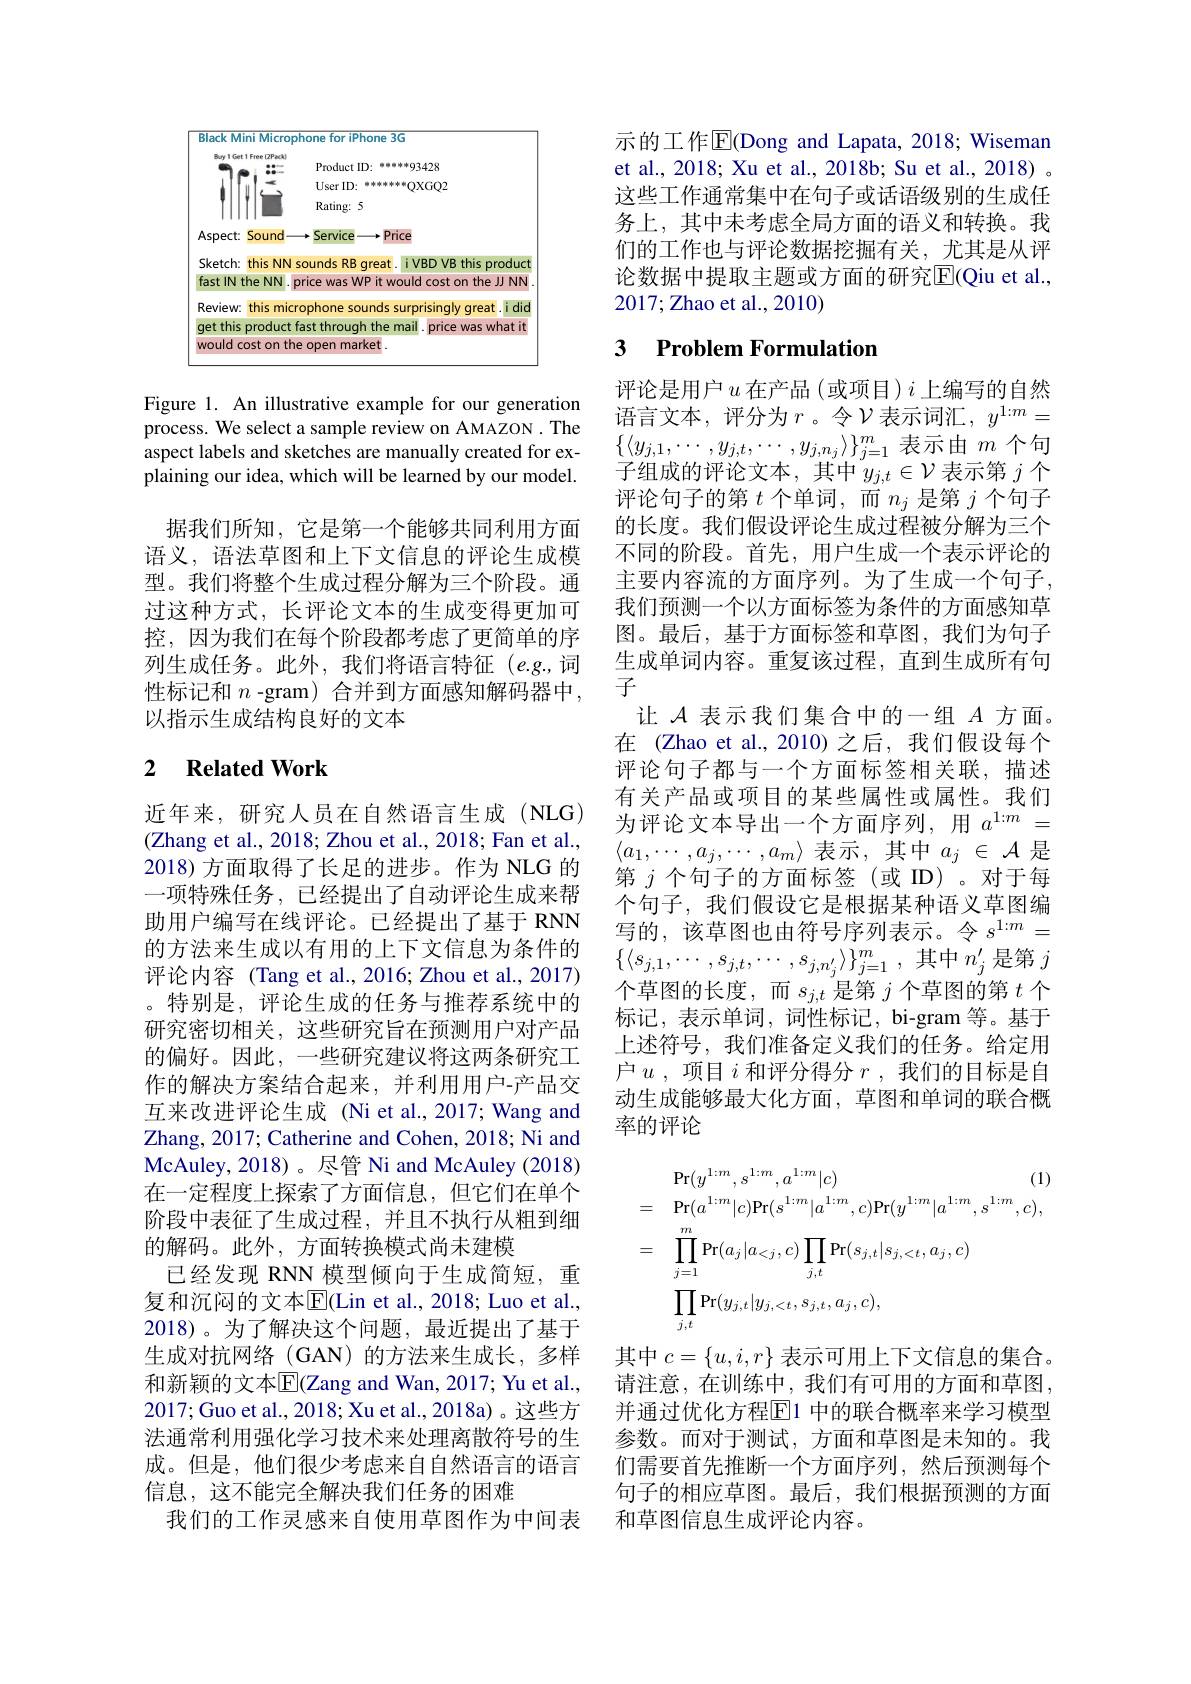
<FigureHere>

Figure 1. An illustrative example for our generation process. We select a sample review on AMAZON . The aspect labels and sketches are manually created for explaining our idea, which will be learned by our model.

据我们所知，它是第一个能够共同利用方面语义，语法草图和上下文信息的评论生成模型。我们将整个生成过程分解为三个阶段。通过这种方式，长评论文本的生成变得更加可控，因为我们在每个阶段都考虑了更简单的序列生成任务。此外，我们将语言特征(e.g.,词性标记和 $n$ -gram) 合并到方面感知解码器中， 以指示生成结构良好的文本

## 2 $\textbf{Related Work}$

近年来，研究人员在自然语言生成(NLG) (Zhang et al., 2018; Zhou et al., 2018; Fan et al., 2018) 方面取得了长足的进步。作为 NLG 的一项特殊任务，已经提出了自动评论生成来帮助用户编写在线评论。已经提出了基于 RNN 的方法来生成以有用的上下文信息为条件的评论内容 (Tang et al.,2016; Zhou et al.,2017) 。特别是，评论生成的任务与推荐系统中的研究密切相关，这些研究旨在预测用户对产品的偏好。因此，一些研究建议将这两条研究工作的解决方案结合起来，并利用用户-产品交互来改进评论生成 (Ni et al.,2017; Wang and Zhang, 2017; Catherine and Cohen, 2018; Ni and McAuley, 2018)。尽管 Ni and McAuley (2018) 在一定程度上探索了方面信息，但它们在单个阶段中表征了生成过程，并且不执行从粗到细的解码。此外，方面转换模式尚未建模
已经发现 RNN 模型倾向于生成简短，重复和沉闷的文本$\overline{\mathbb{E}}($Lin et al., 2018; Luo et al., 2018)。为了解决这个问题，最近提出了基于生成对抗网络(GAN)的方法来生成长，多样和新颖的文本$\boxed{\mathrm{E}}$(Zang and Wan, 2017; Yu et al., 2017;Guo et al., 2018; Xu et al., 2018a) 。这些方法通常利用强化学习技术来处理离散符号的生成。但是，他们很少考虑来自自然语言的语言信息，这不能完全解决我们任务的困难
我们的工作灵感来自使用草图作为中间表

示的工作$\overline{\mathrm{E}}$(Dong and Lapata, 2018; Wiseman et al., 2018; Xu et al., 2018b; Su et al., 2018) 。这些工作通常集中在句子或话语级别的生成任务上，其中未考虑全局方面的语义和转换。我们的工作也与评论数据挖掘有关，尤其是从评论数据中提取主题或方面的研究$\overline{\mathrm{E}}($Qiu et al., 2017;Zhao et al., 2010)

## 3 $\textbf{Problem Formulation}$

评论是用户$u$在产品 (或项目)$i$上编写的自然语言文本，评分为$r$。令$\mathcal{V}$表示词汇$,y^1:m=$ $\{\langle y_{j,1},\cdots,y_{j,t},\cdots,y_{j,n_j}\rangle\}_{j=1}^m$表示由$m$个句子组成的评论文本，其中$y_j,t\in\mathcal{V}$表示第$j$个评论句子的第$t$个单词，而$n_j$是第$j$个句子的长度。我们假设评论生成过程被分解为三个不同的阶段。首先，用户生成一个表示评论的主要内容流的方面序列。为了生成一个句子， 我们预测一个以方面标签为条件的方面感知草图。最后，基于方面标签和草图，我们为句子生成单词内容。重复该过程，直到生成所有句子
让$\mathcal{A}$表示我们集合中的一组$A$方面。在 (Zhao et al.,2010)之后，我们假设每个评论句子都与一个方面标签相关联，描述有关产品或项目的某些属性或属性。我们为评论文本导出一个方面序列，用$a^1:m=$ $\langle a_{1},\cdots,a_{j},\cdots,a_{m}\rangle$表示，其中$a_j\in\mathcal{A}$是第$j$个句子的方面标签(或 ID)。对于每个句子，我们假设它是根据某种语义草图编写的，该草图也由符号序列表示。令$s^{1:m}=$ $\{ \langle s_{j, 1}, \cdots , s_{j, t}, \cdots , s_{j, n_j^{\prime }}\rangle \} _{j= 1}^m$ ,其中$n_j^\prime$是第$j$ 个草图的长度，而$s_j,t$是第$j$个草图的第$t$个标记，表示单词，词性标记，bi-gram 等。基于上述符号，我们准备定义我们的任务。给定用户$u$,项目$i$和评分得分$r$,我们的目标是自动生成能够最大化方面，草图和单词的联合概率的评论
$$\begin{aligned}&\Pr(y^{1:m},s^{1:m},a^{1:m}|c)&\text{(1)}\\&=\quad\Pr(a^{1:m}|c)\Pr(s^{1:m}|a^{1:m},c)\Pr(y^{1:m}|a^{1:m},s^{1:m},c),\\&=\quad\prod_{j=1}^{m}\Pr(a_{j}|a_{<j},c)\prod_{j,t}\Pr(s_{j,t}|s_{j,<t},a_{j},c)\\&\prod_{j,t}\Pr(y_{j,t}|y_{j,<t},s_{j,t},a_{j},c),\end{aligned}$$
其中$c=\{u,i,r\}$表示可用上下文信息的集合。请注意，在训练中，我们有可用的方面和草图， 并通过优化方程$\overline{\mathrm{E}}1$ 中的联合概率来学习模型参数。而对于测试，方面和草图是未知的。我们需要首先推断一个方面序列，然后预测每个句子的相应草图。最后，我们根据预测的方面和草图信息生成评论内容。